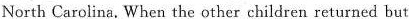
North Carolina. When the other children returned but